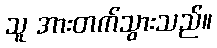
သူ အားတက်သွားသည်။